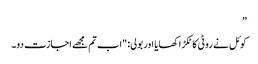
”
کوئل نے روٹی کا ٹکڑا کھایا اور بولی: "اب تم مجھے اجازت دو۔